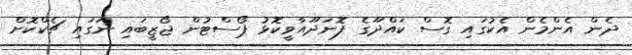
ދެން އެންމެން އެކުގައި ގޮސް ކައްދޫގެ ފޮނަދޫއާވީކޮޅު ޕޯސްޓުން ޖޯޒީބައި ނަގައި ޗެކްކޮށް